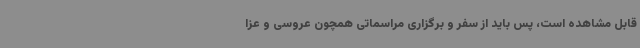
قابل مشاهده است، پس باید از سفر و برگزاری مراسماتی همچون عروسی و عزا